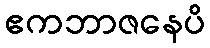
ဧကဘာဇနေပိ